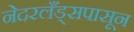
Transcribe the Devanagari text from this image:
नेदरलँड्सपासून